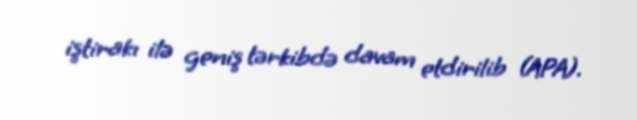
iştirakı ilə geniş tərkibdə davam etdirilib (APA).